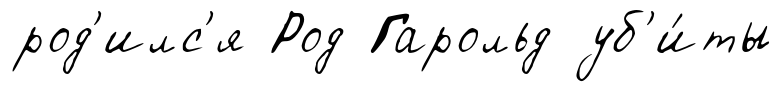
род'илс'я Род Гарольд уб'и́ты